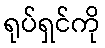
ရုပ်ရှင်ကို